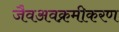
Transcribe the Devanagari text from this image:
जैवअवक्रमीकरण